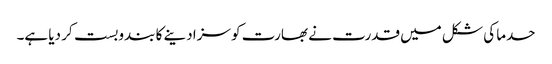
حدما کی شکل میں قدرت نے بھارت کو سزا دینے کا بندوبست کر دیا ہے۔